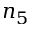
n _ { 5 }